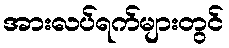
အားလပ်ရက်များတွင်